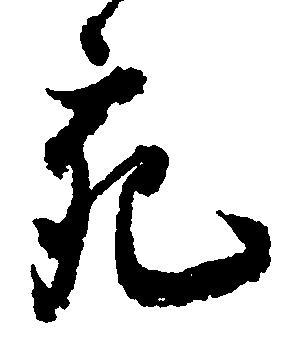
充